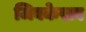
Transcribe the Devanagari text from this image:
जिबकेराव